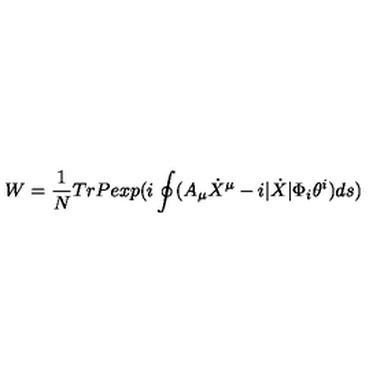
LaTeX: W = \frac { 1 } { N } T r P e x p ( i \oint ( A _ { \mu } \dot { X } ^ { \mu } - i | \dot { X } | \Phi _ { i } \theta ^ { i } ) d s )